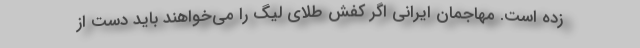
زده است. مهاجمان ایرانی اگر کفش طلای لیگ را می‌خواهند باید دست از